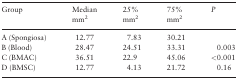
<table><thead><tr><td rowspan="2"><b>Group</b></td><td><b>Median</b></td><td><b>25%</b></td><td><b>75%</b></td><td rowspan="2"><b><i>P</i></b></td></tr><tr><td><b>mm2</b></td><td><b>mm2</b></td><td><b>mm2</b></td></tr></thead><tbody><tr><td>A (Spongiosa)</td><td>12.77</td><td>7.83</td><td>30.21</td><td></td></tr><tr><td>B (Blood)</td><td>28.47</td><td>24.51</td><td>33.31</td><td>0.003</td></tr><tr><td>C (BMAC)</td><td>36.51</td><td>22.9</td><td>45.06</td><td>&lt;0.001</td></tr><tr><td>D (BMSC)</td><td>12.77</td><td>4.13</td><td>21.72</td><td>0.16</td></tr></tbody></table>